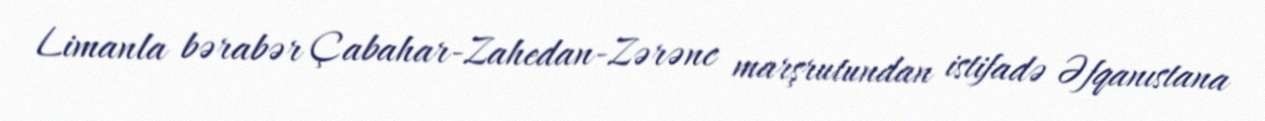
Limanla bərabər Çabahar-Zahedan-Zərənc marşrutundan istifadə Əfqanıstana